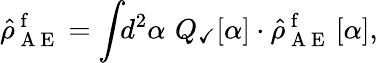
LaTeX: \hat{\rho}_{\mathrm{~A~E~}}^{\mathrm{~f~}}=\int\! \! d^{2}\alpha\, \, Q_{\checkmark}[\alpha]\cdot\hat{\rho}_{\mathrm{~A~E~}}^{\mathrm{~f~}}\left[\alpha\right],